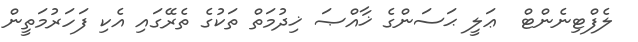
ލެފްޓިނެންޓް  ޢަލީ ޙަސަންގެ ޚާއްޞަ ޚިދުމަތް ތަކުގެ ތެރޭގައި އެކި ފަހަރުމަތީން